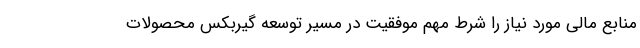
منابع مالی مورد نیاز را شرط مهم موفقیت در مسیر توسعه گیربکس محصولات